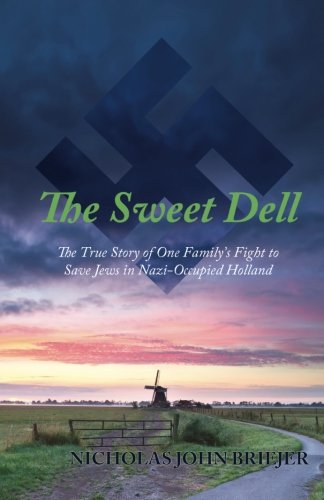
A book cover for The Sweet Dell: The True Story of One Family's Fight to Save Jews in Nazi-Occupied Holland; Nicholas John Briejer; Biographies & Memoirs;